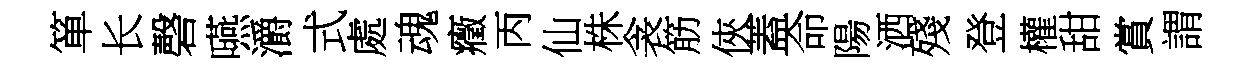
箪长磬嚥灂式處魂癥丙仙株衾筋俠蓋命陽洒殘登權甜賞謂